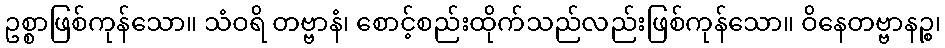
ဥစ္စာဖြစ်ကုန်သော။ သံဝရိ တဗ္ဗာနံ၊ စောင့်စည်းထိုက်သည်လည်းဖြစ်ကုန်သော။ ဝိနေတဗ္ဗာနဉ္စ၊